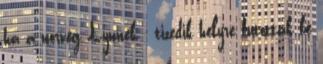
ha a norvég Lynnek - tizedik helyre futottak be